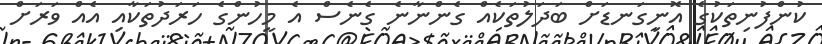
ކުންފުނިތަކުގެ އޮނިގަނޑަށް ބަދަލުތަކެއް ގެންނާނެ ގެނެސް އެ މީހުންގެ ހަރަދުތަކާއި އެއް ވަރަށް